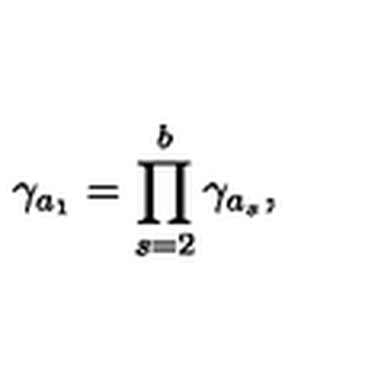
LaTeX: \gamma _ { a _ { 1 } } = \prod _ { s = 2 } ^ { b } \gamma _ { a _ { s } } ,